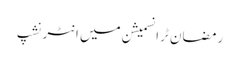
رمضان ٹرانسمیشن میں انٹرنشپ